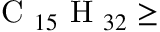
\mathrm { ~ C ~ } _ { 1 5 } \mathrm { ~ H ~ } _ { 3 2 } \geq